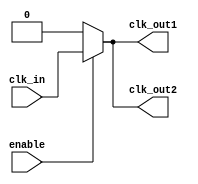
module low_power_clock_buffer (
    input wire clk_in,           // Input clock signal
    input wire enable,           // Enable signal for the buffer
    output wire clk_out1,       // Buffered clock output 1
    output wire clk_out2        // Buffered clock output 2
);

    // Internal signals
    wire clk_in_buf;            // Buffered input clock
    wire clk_gate;              // Gated clock signal

    // Schmitt Trigger Input Stage
    // Simple buffer for conditioning the input clock signal
    // In practice, this would be a more complex Schmitt trigger implementation
    assign clk_in_buf = clk_in;

    // Clock Gating Logic
    assign clk_gate = enable ? clk_in_buf : 1'b0;

    // Core Buffering Stage
    // Using inverters to amplify the clock signal with weak drive strength
    wire clk_buf1, clk_buf2;

    // First stage of buffering
    assign clk_buf1 = clk_gate; // Directly driving the first buffer
    assign clk_buf2 = clk_buf1; // Second buffer stage

    // Output Stage
    // Final output buffers with weak drive strength
    assign clk_out1 = clk_buf1; // Output 1
    assign clk_out2 = clk_buf2; // Output 2

endmodule